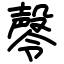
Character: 㲆